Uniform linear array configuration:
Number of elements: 32
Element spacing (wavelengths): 0.5
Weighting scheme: binomial
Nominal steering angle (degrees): -60
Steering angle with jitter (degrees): -58.658
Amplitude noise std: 0.05
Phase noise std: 0.05

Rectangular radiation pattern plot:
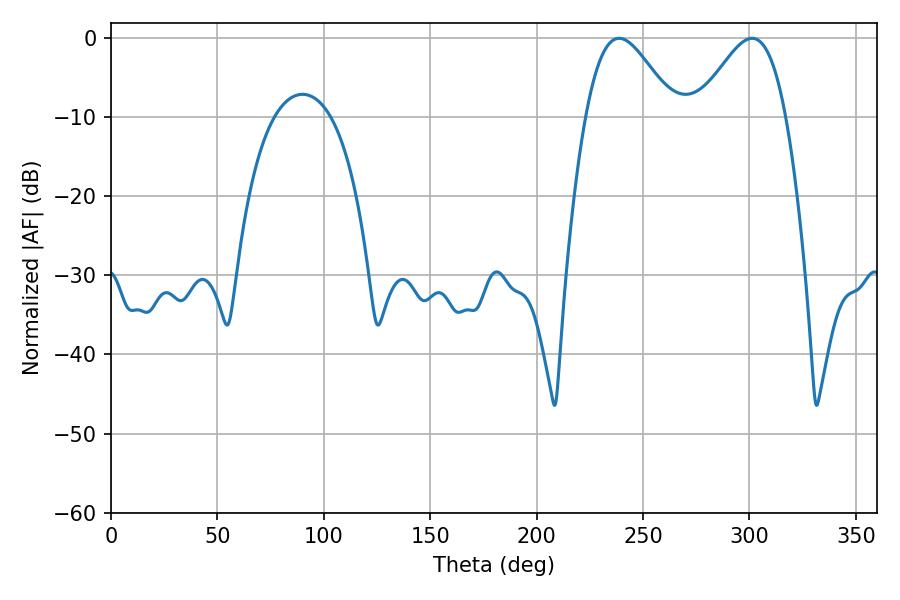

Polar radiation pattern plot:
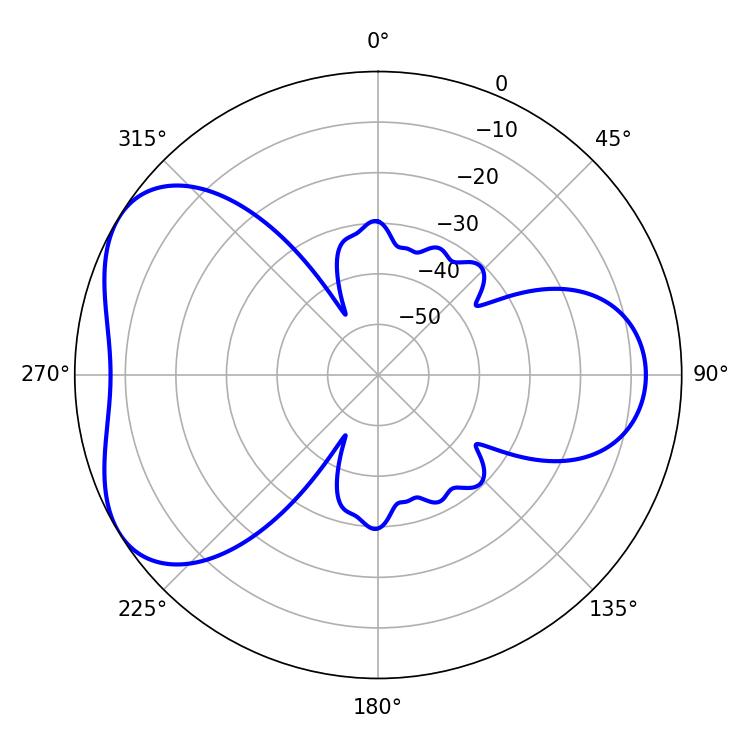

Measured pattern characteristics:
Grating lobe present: FALSE
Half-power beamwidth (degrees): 22.14
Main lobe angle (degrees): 238.68